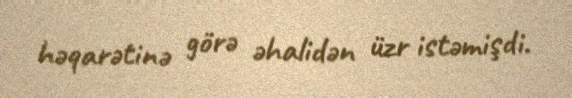
həqarətinə görə əhalidən üzr istəmişdi.